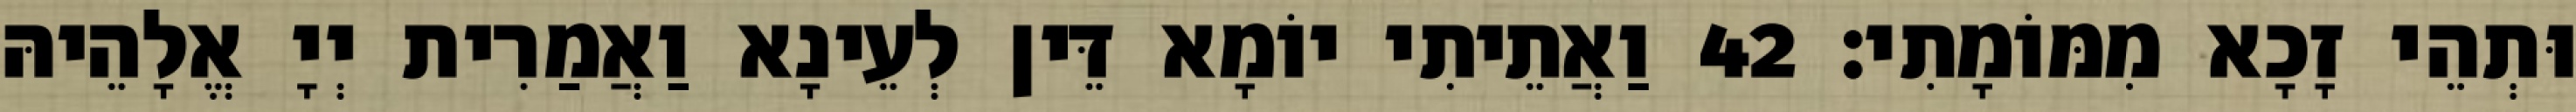
וּתְהֵי זָכָא מִמּוֹמָתִי׃ 42 וַאֲתֵיתִי יוֹמָא דֵּין לְעֵינָא וַאֲמַרִית יְיָ אֱלָהֵיהּ